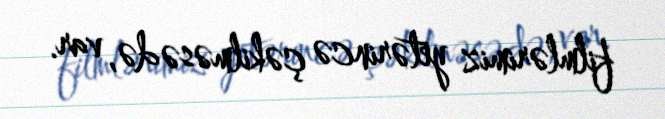
filmlərimiz yetərincə çəkilməsə də, var.